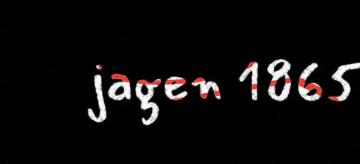
jagen 1865